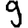
Digit: 9